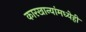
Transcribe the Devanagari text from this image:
कारखान्यांमध्येही